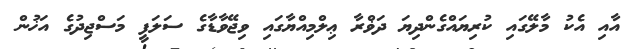
އާއި އެކު މާލޭގައި ކުރިޔައްގެންދިޔަ ދަޥްރާ ޢިލްމިއްޔާގައި ވިޖޭވާޑާގެ ސަލަފީ މަސްޖިދުގެ އަޚުން